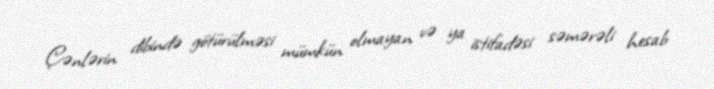
Çənlərin dibində götürülməsi mümkün olmayan və ya istifadəsi səmərəli hesab